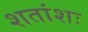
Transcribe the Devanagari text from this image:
शतांशः